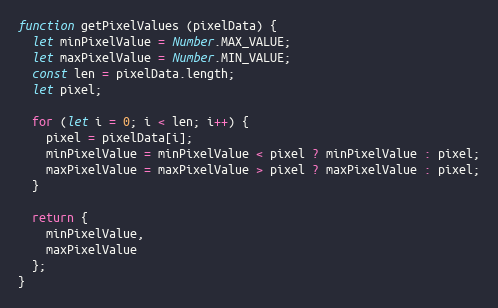
Language: JavaScript
function getPixelValues (pixelData) {
  let minPixelValue = Number.MAX_VALUE;
  let maxPixelValue = Number.MIN_VALUE;
  const len = pixelData.length;
  let pixel;

  for (let i = 0; i < len; i++) {
    pixel = pixelData[i];
    minPixelValue = minPixelValue < pixel ? minPixelValue : pixel;
    maxPixelValue = maxPixelValue > pixel ? maxPixelValue : pixel;
  }

  return {
    minPixelValue,
    maxPixelValue
  };
}